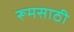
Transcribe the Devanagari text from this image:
रूमसाठी